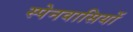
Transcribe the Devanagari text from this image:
स्‍पेनवासियों